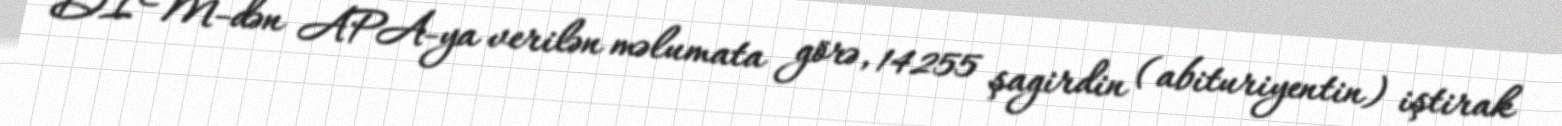
DİM-dən APA-ya verilən məlumata görə, 14255 şagirdin (abituriyentin) iştirak